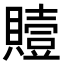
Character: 𮚢